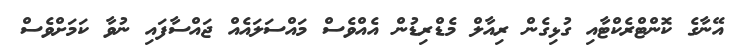
އޭނާގެ ކޮންޓްރެކްޓާއި ގުޅިގެން ރިއާލް މެޑްރިޑުން އެއްވެސް މައްސަލައެއް ޖައްސާފައި ނުވާ ކަމަށްވެސް